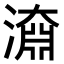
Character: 𣽂